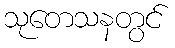
သုတေသနတွင်